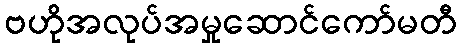
ဗဟိုအလုပ်အမှုဆောင်ကော်မတီ